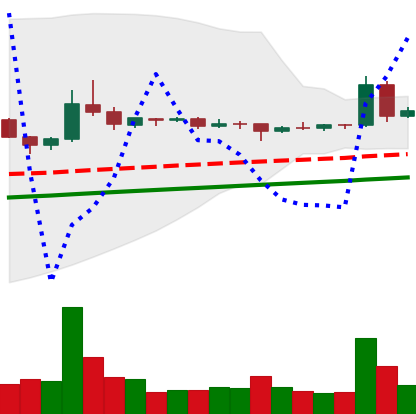
Ticker: DOGE-USD
Chart end date: 2020-08-03
Forward return: 3.57%
Label: up_3_5